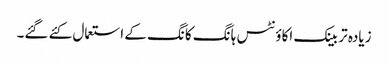
زیادہ تر بینک اکاؤنٹس ہانگ کانگ کے استعمال کئے گئے۔